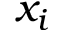
x _ { i }